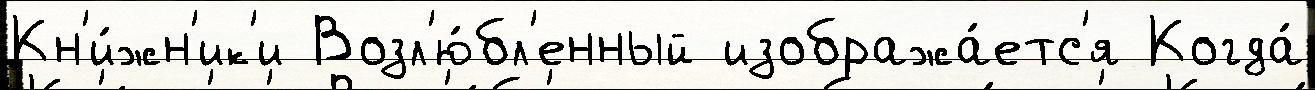
Кн'и́жн'ик'и Возл'ю́бл'енный изобража́етс'я Когда́